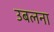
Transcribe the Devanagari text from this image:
उबलना